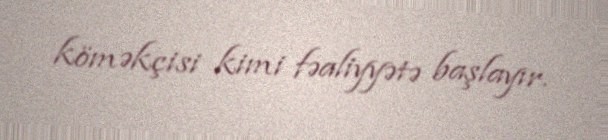
köməkçisi kimi fəaliyyətə başlayır.